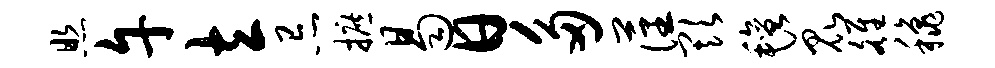
照午立忌摭曷日多藩欺毡昆雒秋